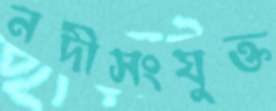
নদীসংযুক্ত